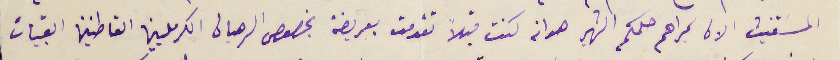
المسَتغيث الان بمراهم حكمكم الشهير هو انه كنت قبلاً تقدمت بعريضة بخصوص الرهبان الكرمليين القاطنين القبيات